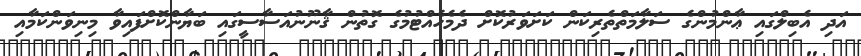
އަދި އެބިލްގައި ޢާންމުންގެ ސަލާމަތްތެރިކަން ކަށަވަރުކޮށް ދެމެހެއްޓުމުގެ ގޮތުން ޤާނޫނުއަސާސީގައި ބަޔާންކޮށްފައިވާ މިނިވަންކަމާއި